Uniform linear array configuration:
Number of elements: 16
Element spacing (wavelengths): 1
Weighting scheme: cosine
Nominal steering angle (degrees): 0
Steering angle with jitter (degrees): -1.917
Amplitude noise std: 0.05
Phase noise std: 0.05

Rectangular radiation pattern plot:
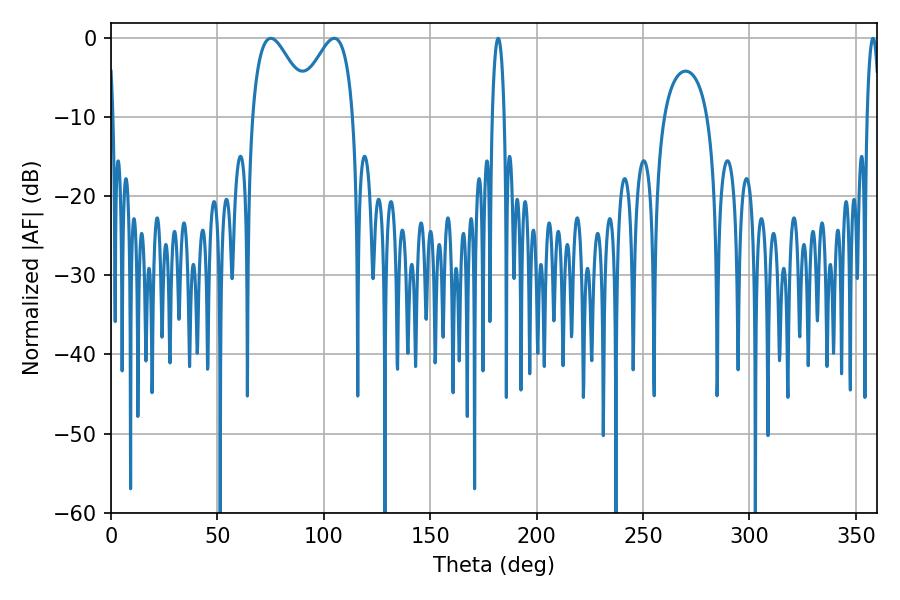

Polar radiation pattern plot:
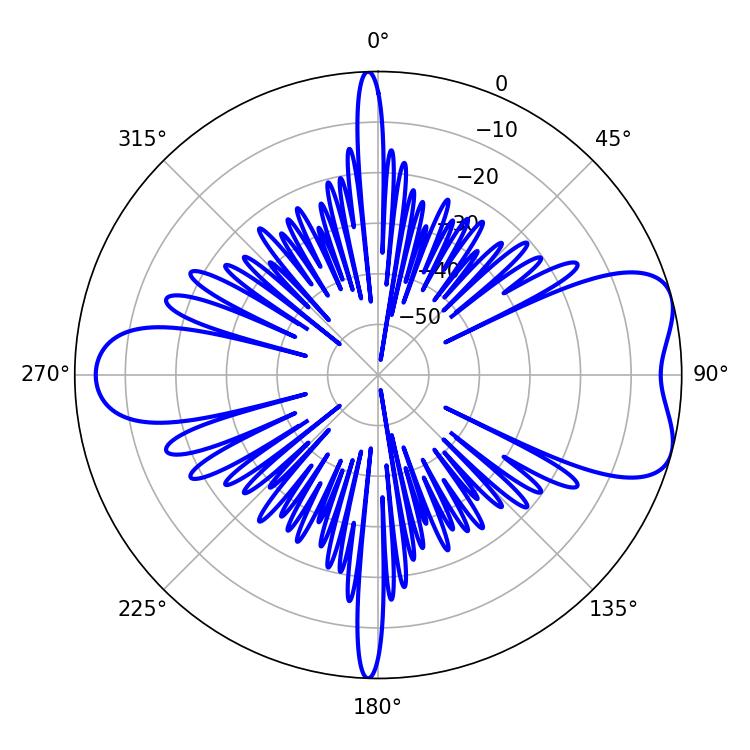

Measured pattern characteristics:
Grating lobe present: TRUE
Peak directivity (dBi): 6.959
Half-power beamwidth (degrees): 14.76
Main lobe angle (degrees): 75.06